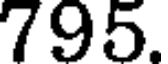
795.